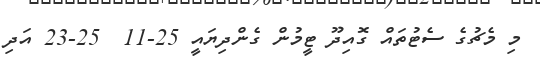
މި މެޗުގެ ސެޓުތައް ގޮއިދޫ ޓީމުން ގެންދިޔައީ 25-11  25-23 އަދި